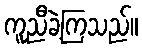
ကူညီခဲ့ကြသည်။